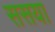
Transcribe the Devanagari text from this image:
ससया